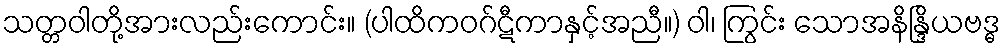
သတ္တဝါတို့အားလည်းကောင်း။ (ပါထိကဝဂ်ဋီကာနှင့်အညီ။) ဝါ၊ ကြွင်း သောအနိန္ဒြိယဗဒ္ဓ